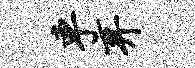
车弃